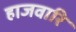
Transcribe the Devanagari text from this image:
हाजवारि